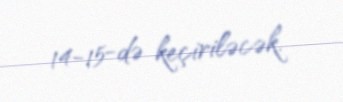
14-15-də keçiriləcək.